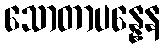
သောတာပန္နေန